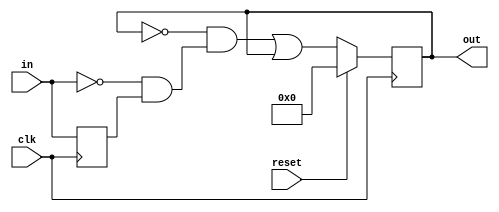
module top_module (
    input clk,
    input reset, // synchronous
    input [31:0] in,
    output [31:0] out
);

    wire [31:0] q;

    always @(posedge clk ) begin
        if (reset) begin
            out <= 32'b0;
        end else begin
            out <= ~out & (~in & q) | out;
        end
        q <= in;
    end

endmodule